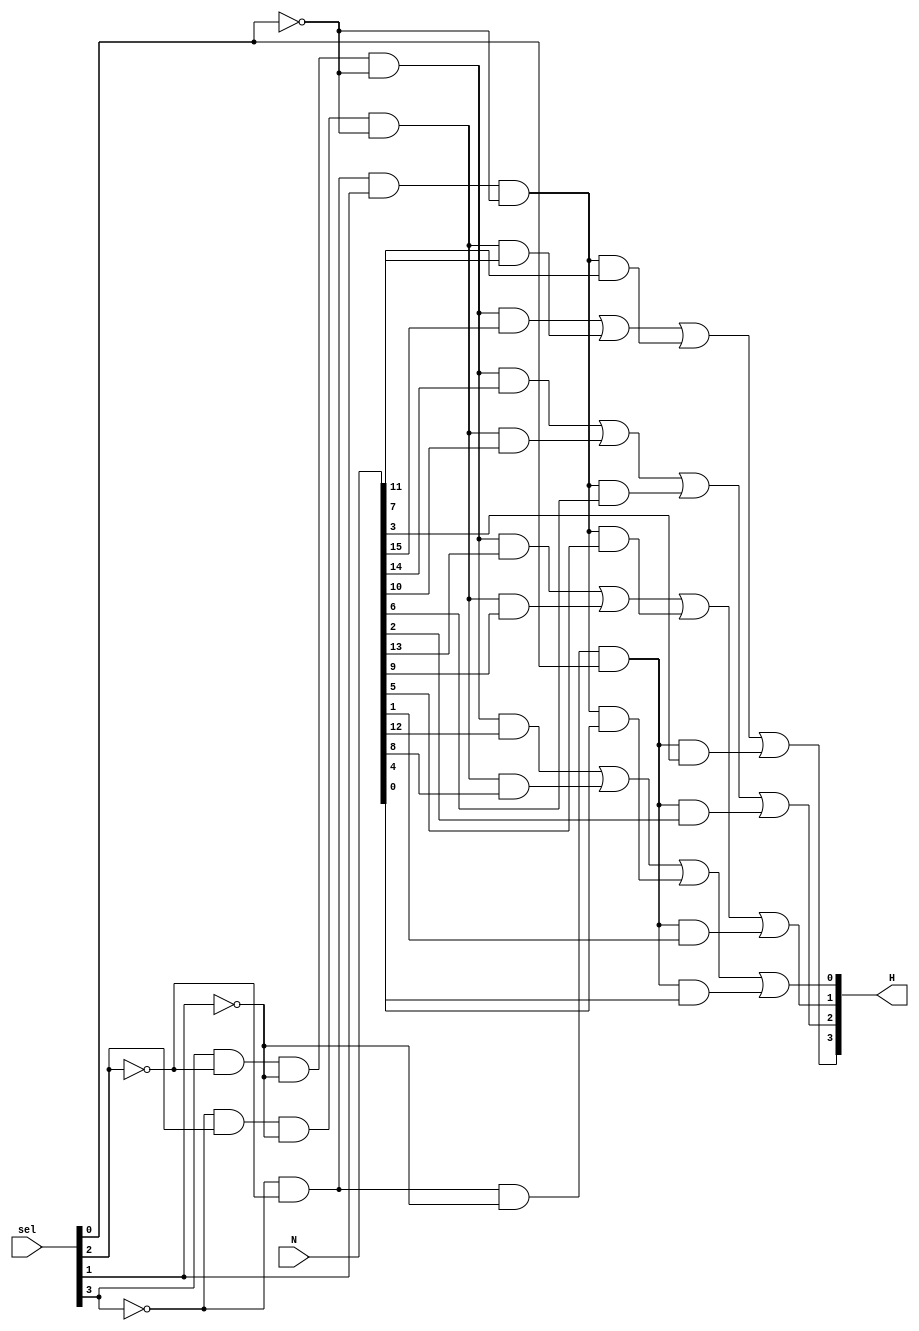
`timescale 1ns / 1ps
//////////////////////////////////////////////////////////////////////////////////
// Company: 
// Engineer: 
// 
// Design Name: 
// Module Name: Selector
// Project Name: 
// Target Devices: 
// Tool Versions: 
// Description: 
// 
// Dependencies: 
// 
// Revision:
// Revision 0.01 - File Created
// Additional Comments:
// 
//////////////////////////////////////////////////////////////////////////////////


module Selector(
    input [3:0] sel,
    input [15:0] N,
    output [3:0] H
    );
    
    assign H[3] = (sel[3]&~sel[2]&~sel[1]&~sel[0]&N[15]) | (~sel[3]&sel[2]&~sel[1]&~sel[0]&N[11]) | (~sel[3]&~sel[2]&sel[1]&~sel[0]&N[7]) | (~sel[3]&~sel[2]&~sel[1]&sel[0]&N[3]);
    assign H[2] = (sel[3]&~sel[2]&~sel[1]&~sel[0]&N[14]) | (~sel[3]&sel[2]&~sel[1]&~sel[0]&N[10]) | (~sel[3]&~sel[2]&sel[1]&~sel[0]&N[6]) | (~sel[3]&~sel[2]&~sel[1]&sel[0]&N[2]);
    assign H[1] = (sel[3]&~sel[2]&~sel[1]&~sel[0]&N[13]) | (~sel[3]&sel[2]&~sel[1]&~sel[0]&N[9]) | (~sel[3]&~sel[2]&sel[1]&~sel[0]&N[5]) | (~sel[3]&~sel[2]&~sel[1]&sel[0]&N[1]);
    assign H[0] = (sel[3]&~sel[2]&~sel[1]&~sel[0]&N[12]) | (~sel[3]&sel[2]&~sel[1]&~sel[0]&N[8]) | (~sel[3]&~sel[2]&sel[1]&~sel[0]&N[4]) | (~sel[3]&~sel[2]&~sel[1]&sel[0]&N[0]);
endmodule